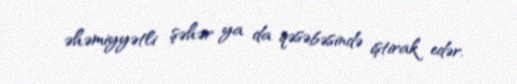
əhəmiyyətli şəhər ya da qəsəbəsində iştirak edər.